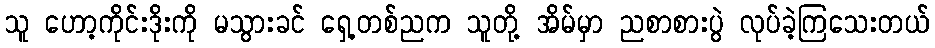
သူ ဟော့ကိုင်းဒိုးကို မသွားခင် ရှေ့တစ်ညက သူတို့ အိမ်မှာ ညစာစားပွဲ လုပ်ခဲ့ကြသေးတယ်